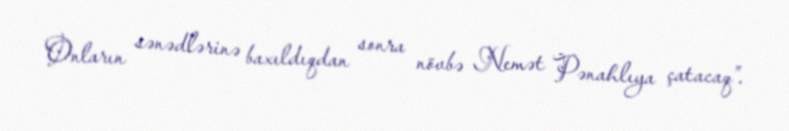
Onların sənədlərinə baxıldıqdan sonra növbə Nemət Pənahlıya çatacaq”.